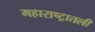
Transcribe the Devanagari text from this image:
महाराष्ट्रातली